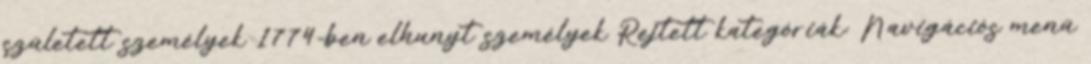
született személyek 1774-ben elhunyt személyek Rejtett kategóriák: Navigációs menü